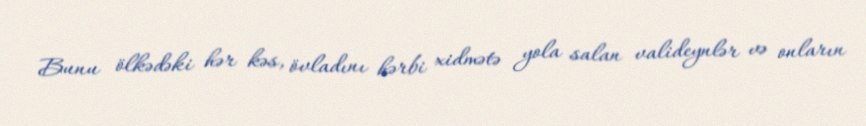
Bunu ölkədəki hər kəs, övladını hərbi xidmətə yola salan valideynlər və onların